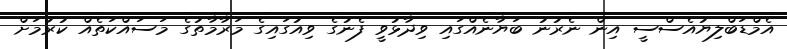
އެމްޑަބްލިޔުއެސްސީ އިން ނެރުނު ބަޔާނެއްގައި ވިދާޅުވީ ފެނުގެ ވިއުގައިގެ މަރާމާތުގެ މަސައްކަތެއް ކުރުމަށް